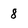
Character: 8